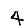
Digit: 4